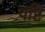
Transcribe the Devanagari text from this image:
पष्टि